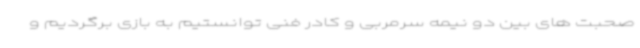
صحبت های بین دو نیمه سرمربی و کادر فنی توانستیم به بازی برگردیم و